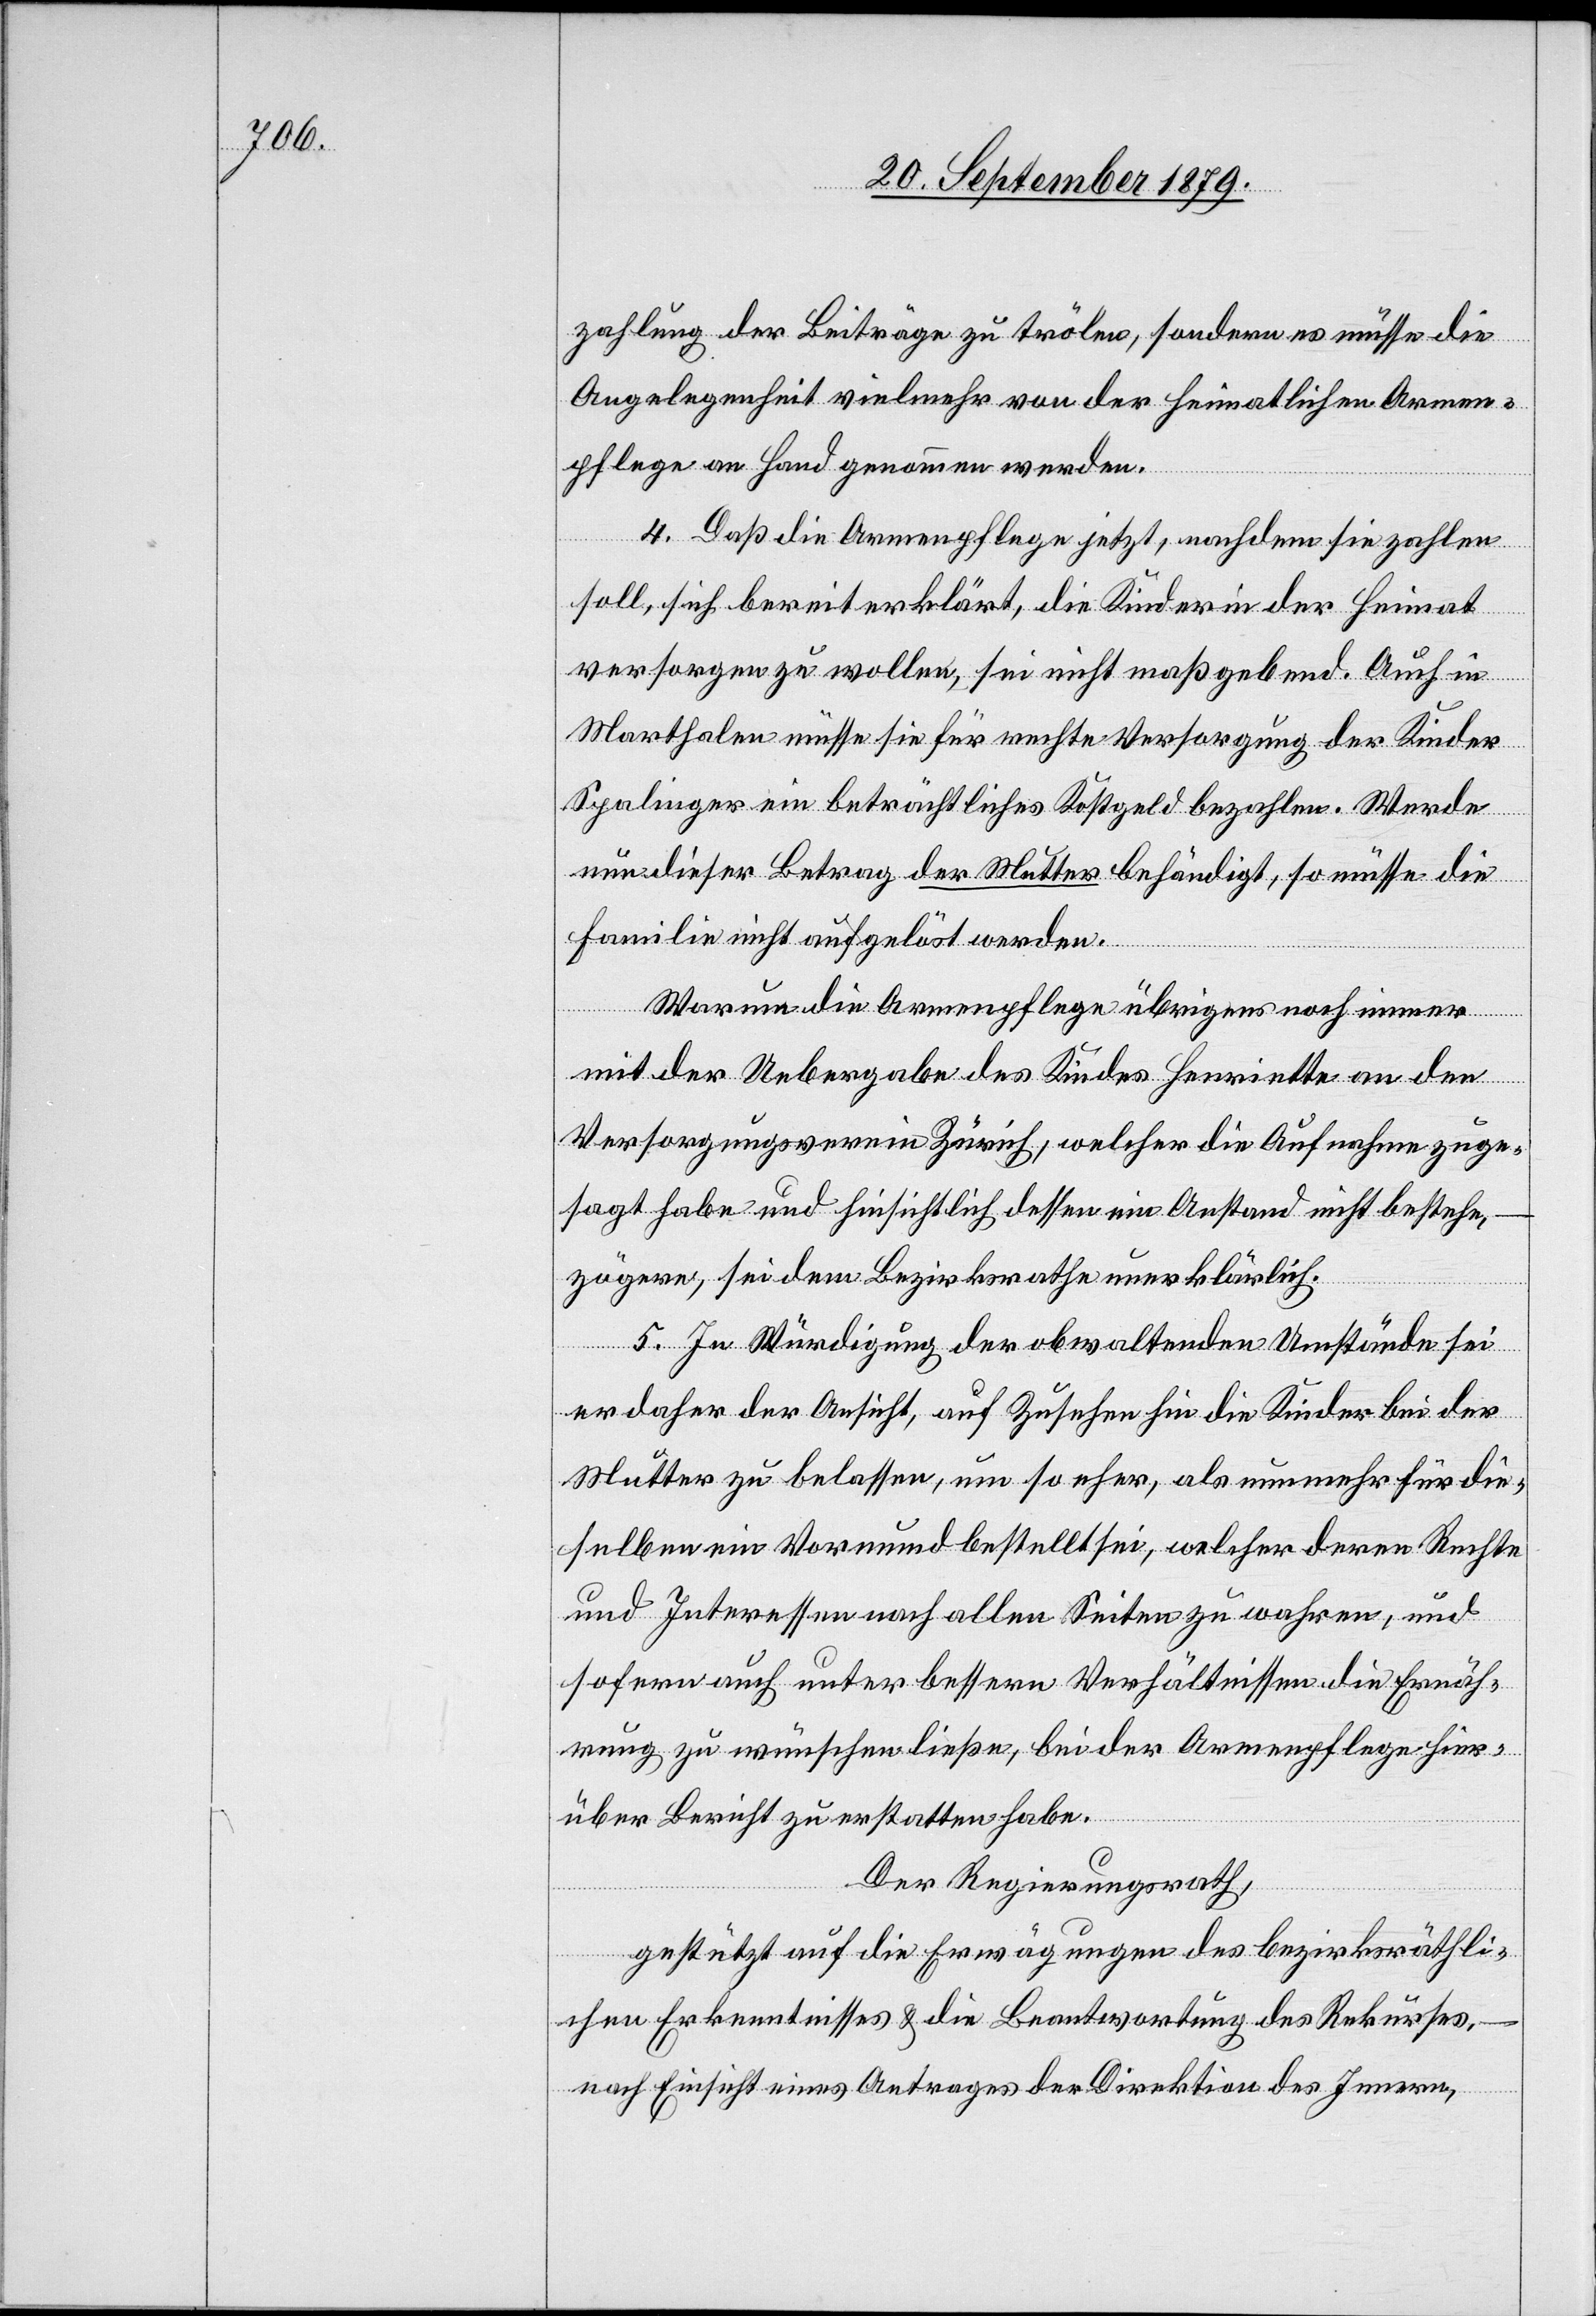
zahlung der Beiträge zu trölen, sondern es müsse die
Angelegenheit vielmehr von der heimatlichen Armen¬
pflege an Hand genommen werden.
4. Daß die Armenpflege jetzt, nachdem sie zahlen
soll, sich bereit erklärt, die Kinder in der Heimat
versorgen zu wollen, sei nicht maßgebend. Auch in
Marthalen müsse sie für rechte Versorgung der Kinder
Spalinger ein beträchtliches Kostgeld bezahlen. Werde
nun dieser Betrag der Mutter behändigt, so müsse die
Familie nicht aufgelöst werden.
Warum die Armenpflege übrigens noch immer
mit der Uebergabe des Kindes Henriette an den
Versorgungsverein Zürich, welcher die Aufnahme zuge¬
sagt habe und hinsichtlich dessen ein Anstand nicht bestehe,
zögere, sei dem Bezirksrath unerklärlich.
5. In Würdigung der obwaltenden Umstände sei
er daher der Ansicht, auf Zusehen hin die Kinder bei der
Mutter zu belassen, um so eher, als nunmehr für die¬
selben ein Vormund bestellt sei, welcher deren Rechte
und Interessen nach allen Seiten zu wahren, und
sofern auch unter bessern Verhältnissen die Ernäh¬
rung zu wünschen ließe, bei der Armenpflege hier¬
über Bericht zu erstatten habe.
Der Regierungsrath,
gestützt auf die Erwägungen des bezirksräthli¬
chen Erkenntnisses & die Beantwortung des Rekurses,
nach Einsicht eines Antrages der Direktion des Innern,